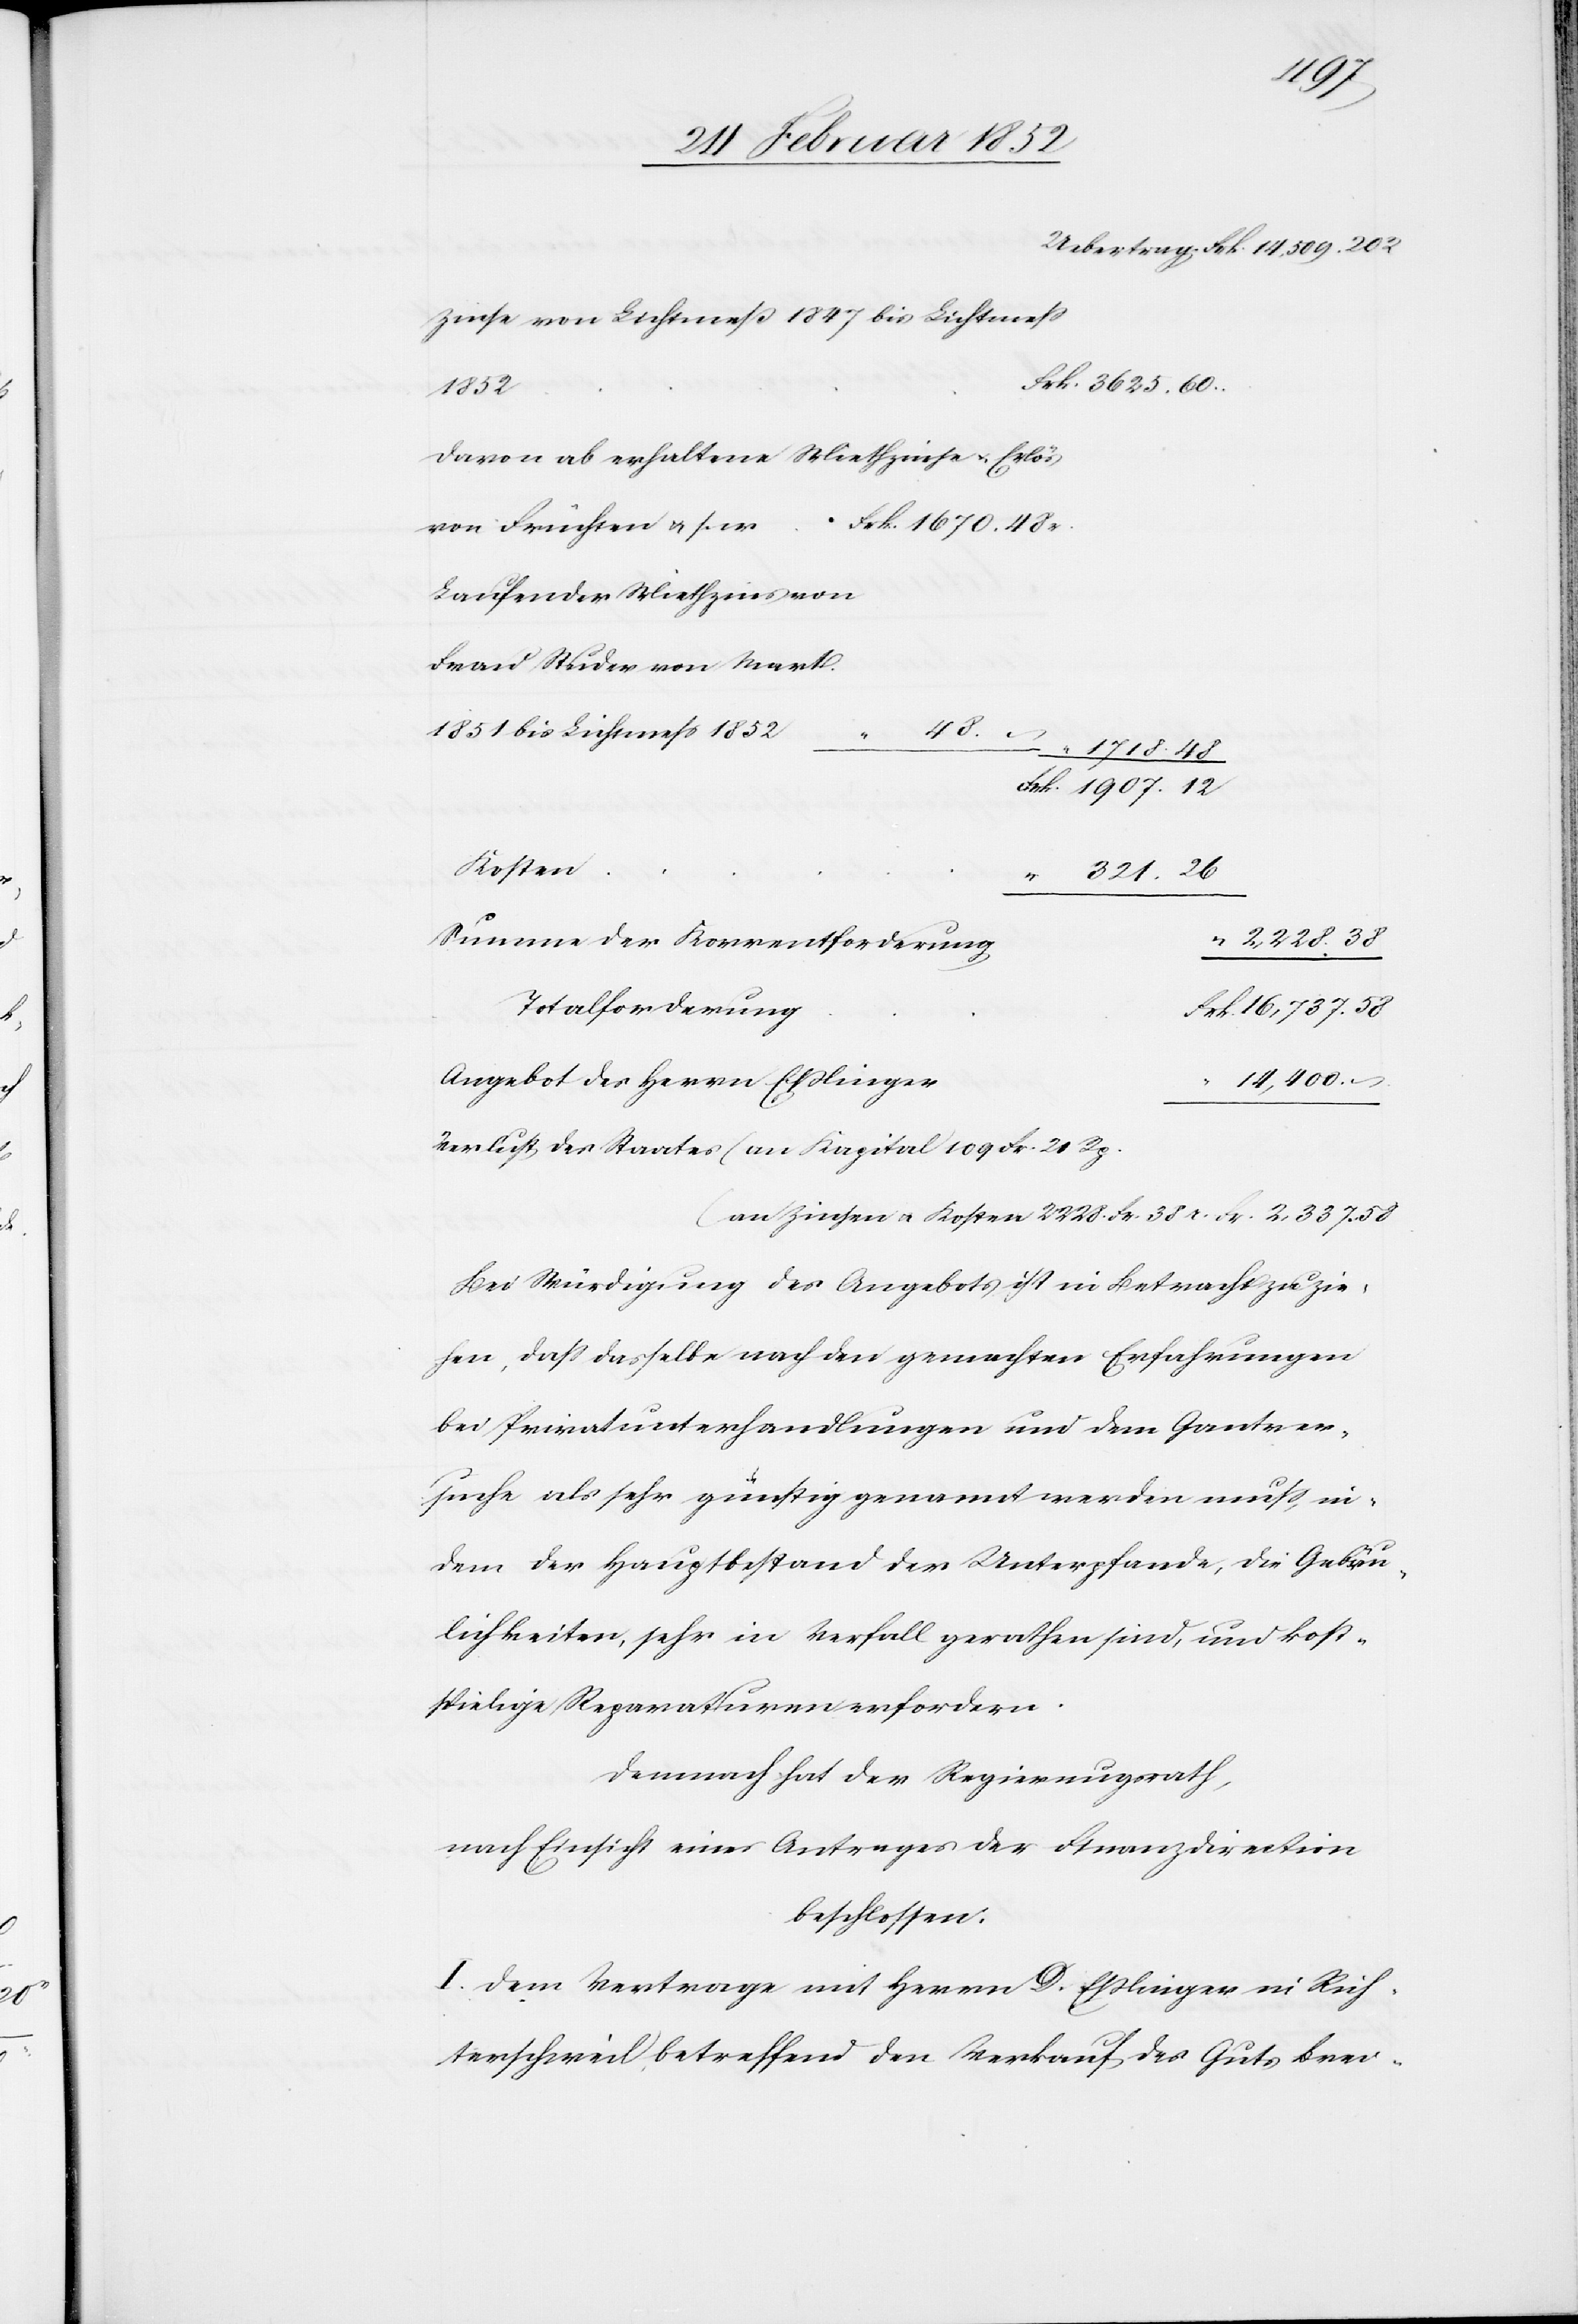
16,737
Zinse von Lichtmeß 1847 bis Lichtmeß
1852
davon ab erhaltene Miethzins u. Erlös
Frk. 1670. 48r.
von Früchten u. s. w.
Laufender Miethzins von
Frau Studer von Wart.
1851 bis Lichtmeß 1852
Kosten
Summe der Korrentforderung
Totalforderung
Angebot des Herrn Eßlinger
14,400
Verlust des Staates (an Kapital 109 Fr. 21 Rp.)
(an Zinsen u. Kosten 2228. Fr. 38 r. Fr. 2,337. 58[)]
Bei Würdigung des Angebotes ist in Betracht zu zie¬
hen, daß dasselbe nach den gemachten Erfahrungen
bei Privatunterhandlungen und dem Gantver¬
suche als sehr günstig genannt werden muß, in¬
dem der Hauptbestand der Unterpfande, die Gebäu¬
lichkeiten, sehr in Verfall gerathen sind, und kost¬
spielige Reparaturen erfordern.
Demnach hat der Regierungsrath,
nach Einsicht eines Antrages der Finanzdirektion
beschlossen.
I. Dem Vertrage mit Herrn D. Eßlinger in Rich¬
terschweil betreffend den Verkauf des Guts Brei-